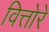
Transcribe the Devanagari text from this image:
वित्तोरे